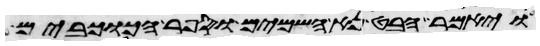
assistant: ויאמר הבט נא השמים וספר הכוכבים